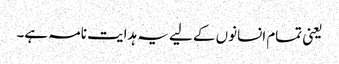
یعنی تمام انسانوں کے لیے یہ ہدایت نامہ ہے۔